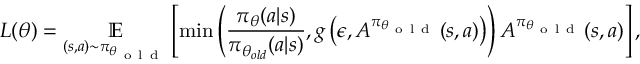
L ( \theta ) = \underset { ( s , a ) \sim \pi _ { \theta _ { \mathrm { ~ o ~ l ~ d ~ } } } } { \mathbb { E } } \left[ \operatorname* { m i n } \left( \frac { \pi _ { \theta } ( a \vert s ) } { \pi _ { \theta _ { o l d } } ( a \vert s ) } , g \left( \epsilon , A ^ { \pi _ { \theta _ { \mathrm { ~ o ~ l ~ d ~ } } } } ( s , a ) \right) \right) A ^ { \pi _ { \theta _ { \mathrm { ~ o ~ l ~ d ~ } } } } ( s , a ) \right] ,